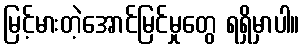
မြင့်မားတဲ့အောင်မြင်မှုတွေ ရရှိမှာပါ။